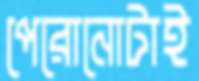
পেরোনোটাই